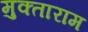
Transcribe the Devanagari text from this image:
मुक्ताराम